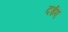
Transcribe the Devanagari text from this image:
दईए